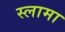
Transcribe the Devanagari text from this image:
स्लामा